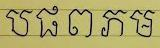
ប ផ ព ភ ម